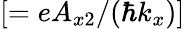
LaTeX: [=eA_{x2}/(\hbar k_{x})]